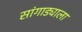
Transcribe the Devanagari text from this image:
सांगाड्याला